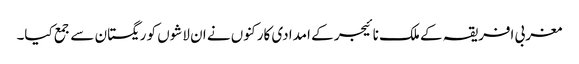
مغربی افریقہ کے ملک نائیجر کے امدادی کارکنوں نے ان لاشوں کو ریگستان سے جمع کیا۔